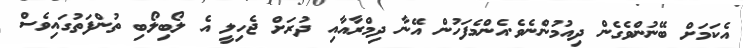
އެކަމަށް ބޭނުންވެގެން ދިއުމުންނެވެ.އެންމެފަހުން އޭނާ ދިމްރާއާއި ދުރަށް ޖެހިލީ އެ ލޯބިލޯބި ތުންފަތުގައިވެސް